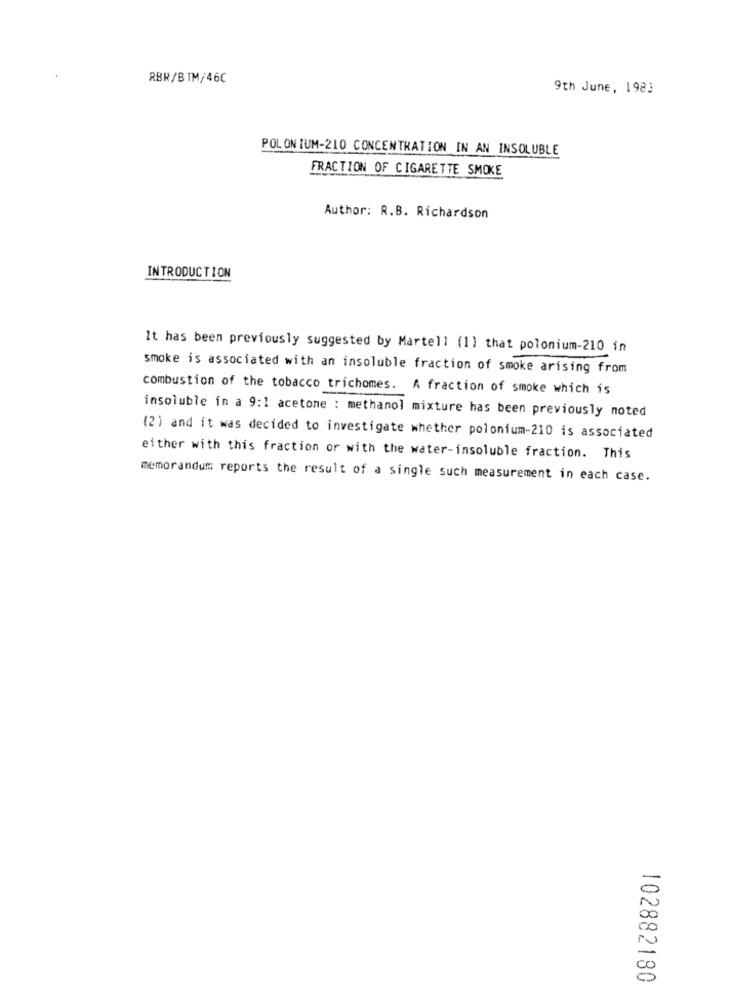
RBR/BTM/46C
9th June, 1983
POLON IUM-210 CONCENTRATION IN AN INSOLUBLE
FRACTION OF CIGARETTE SMOKE
Author: R.B. Richardson
INTRODUCTION
It has been previously suggested by Martell (1) that polonium-210 in
smoke is associated with an insoluble fraction of smoke arising from
combustion of the tobacco trichomes. A fraction of smoke which is
insoluble in a 9:1 acetone : methanol mixture has been previously noted
(2) and it was decided to investigate whether polonium-210 is associated
either with this fraction or with the water-insoluble fraction. This
memorandum reports the result of a single such measurement in each case.
-
20
Co
102882180